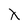
Character: X